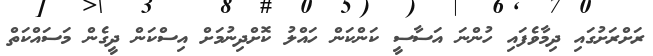
ރަށްރަށުގައި ދިމާވެފައި ހުންނަ އަސާސީ ކަންކަން ހައްލު ކޮށްދިނުމަށް އިސްކަން ދީގެން މަސައްކަތް